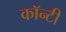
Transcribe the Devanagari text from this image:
काॅन्टी